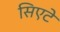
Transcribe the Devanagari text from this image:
सिएटे